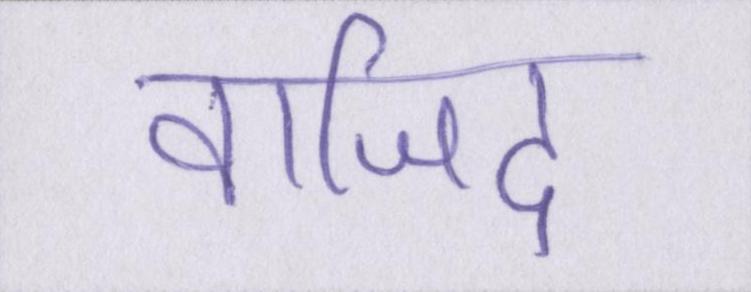
वाजिद